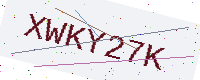
Text: XWKY27K